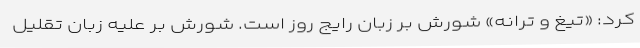
کرد: «تیغ و ترانه» شورش بر زبان رایج روز است. شورش بر علیه زبان تقلیل